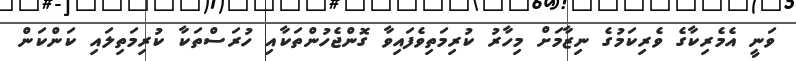
ވަނީ އެމެރިކާގެ ވެރިކަމުގެ ނިޒާމަށް މިހާރު ކުރިމަތިވެފައިވާ ގޮންޖެހުންތަކާއި ހުރަސްތަކާ ކުރިމަތިލައި ކަންކަން